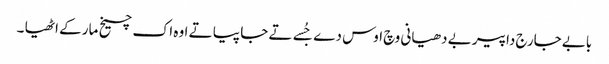
بابے جارج داپیر بے دھیانی وچ اوس دے جُسے تے جا پیا تے اوہ اک چیخ مار کے اٹھیا ۔